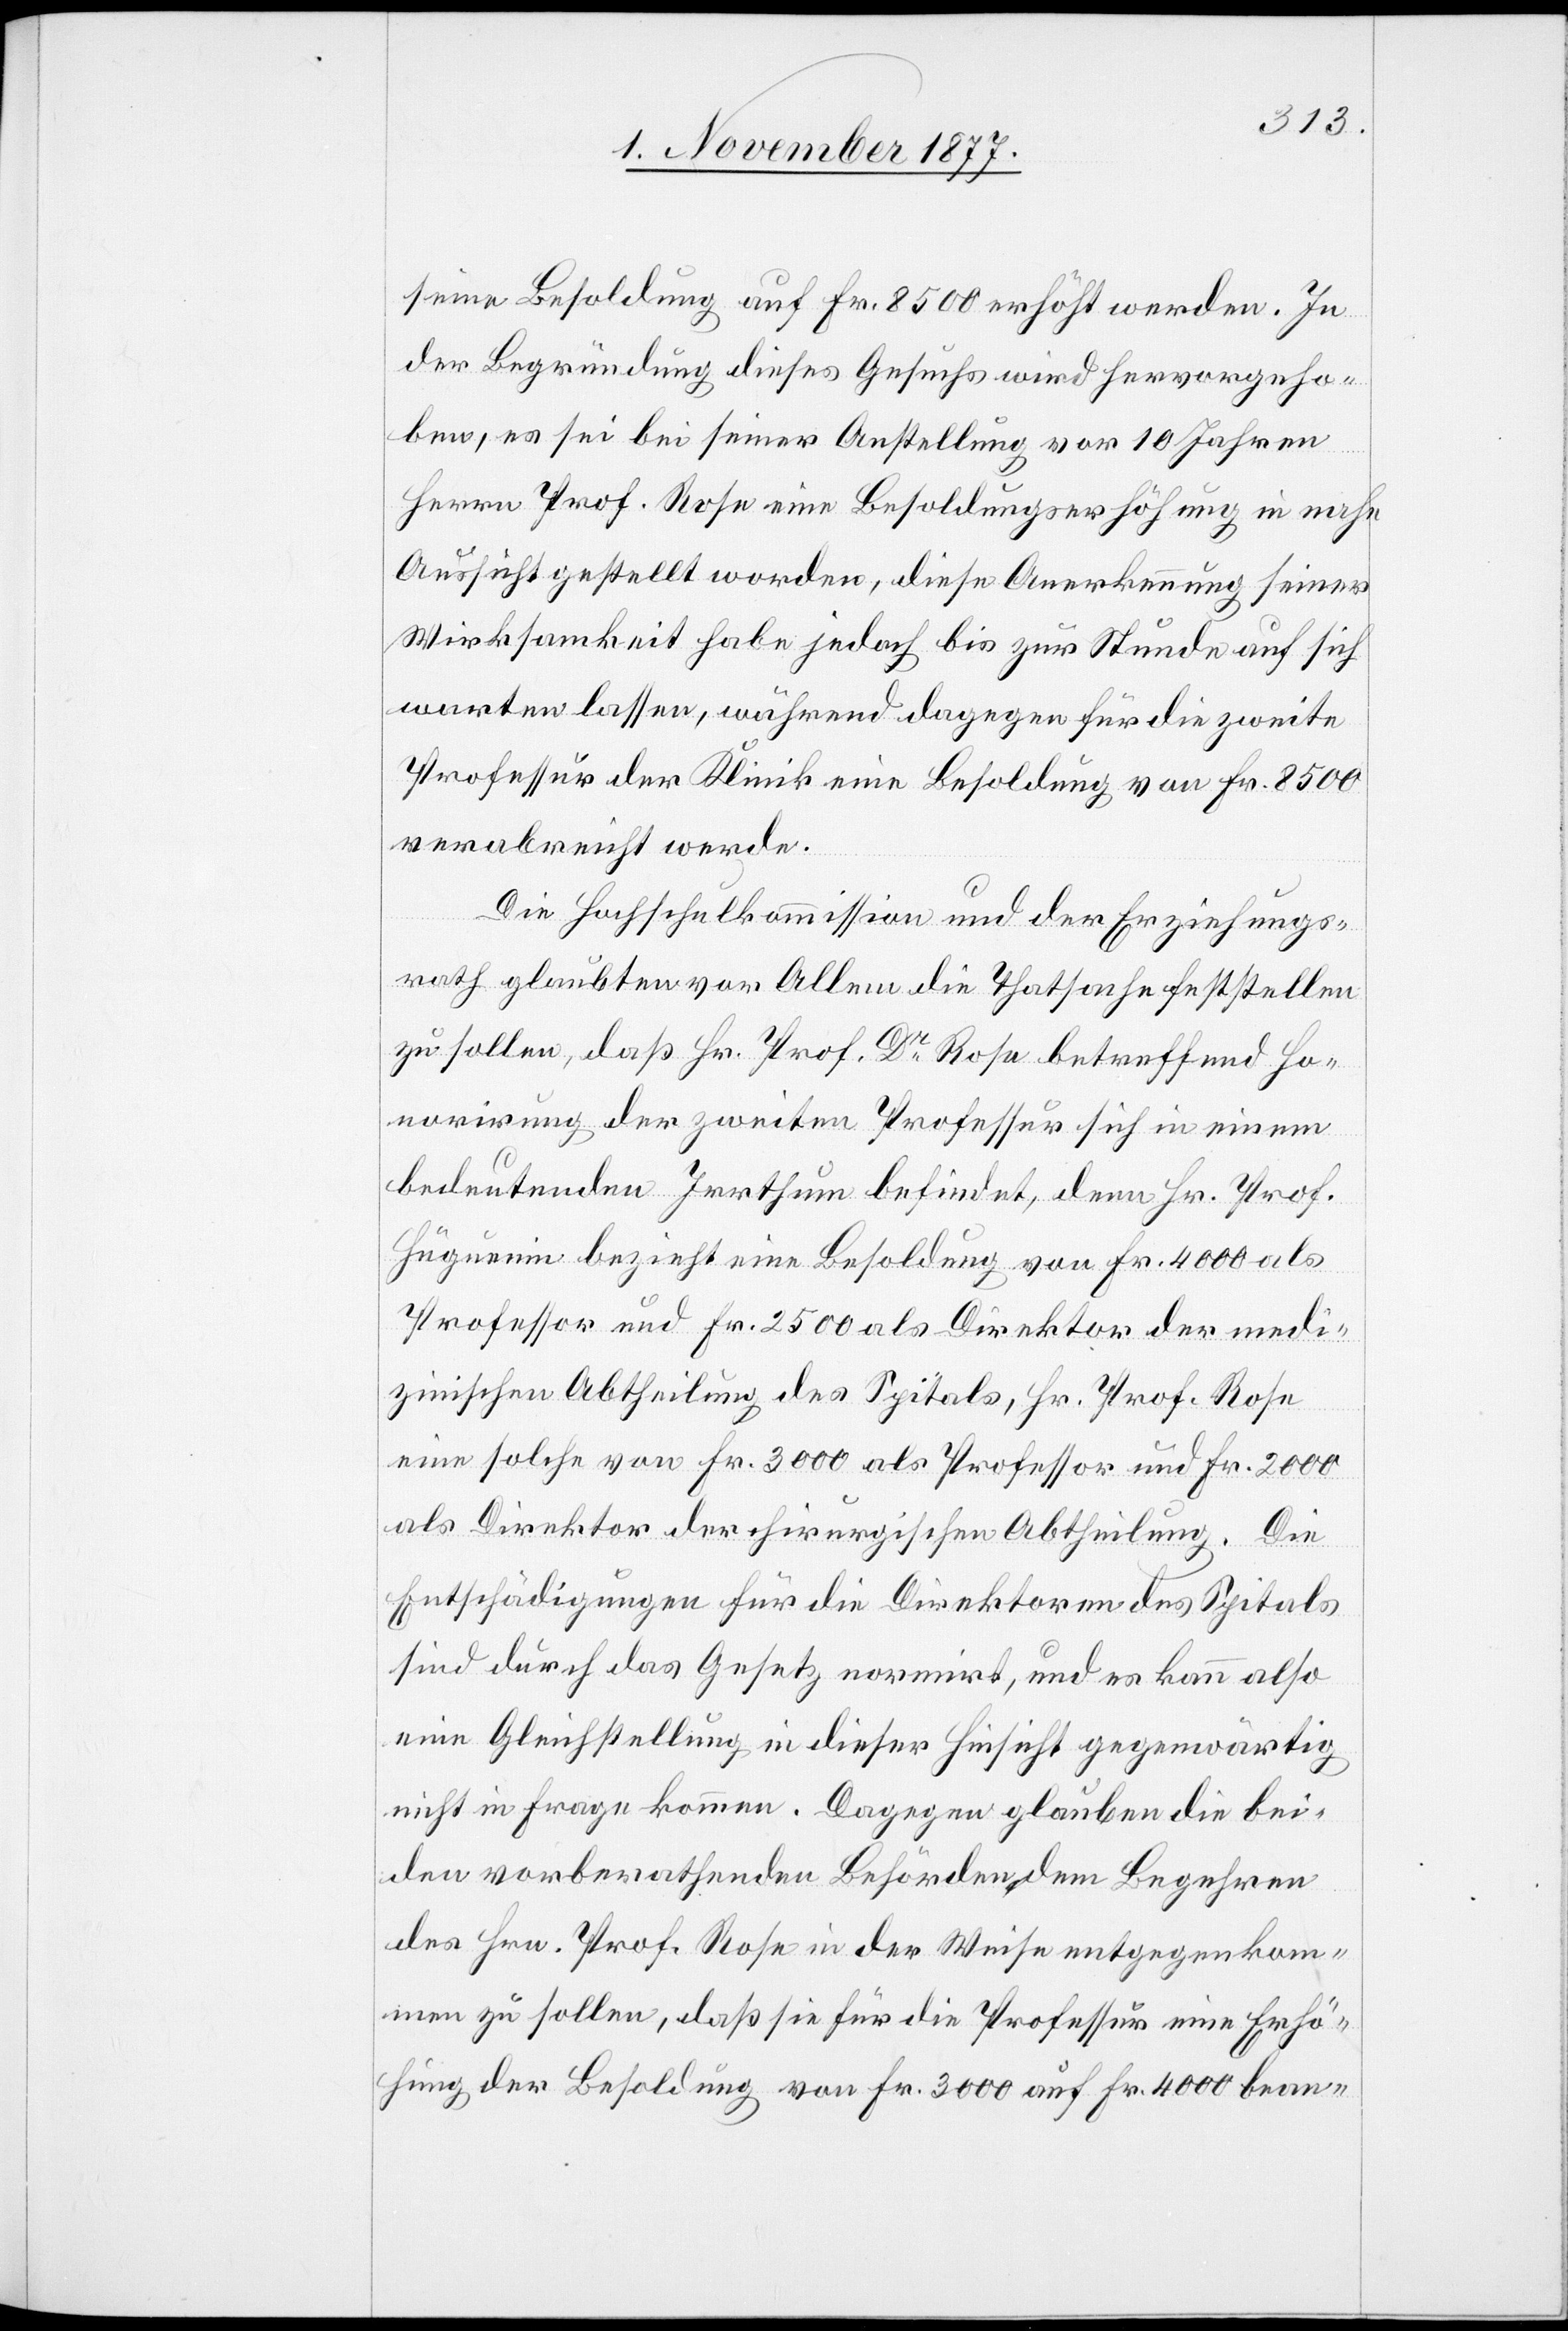
seine Besoldung auf Fr. 8500 erhöht werden. In
der Begründung dieses Gesuchs wird hervorgeho¬
ben, es sei bei seiner Anstellung vor 10 Jahren
Herrn Prof. Rose eine Besoldungserhöhung in nahe
Aussicht gestellt worden, diese Anerkennung seiner
Wirksamkeit habe jedoch bis zur Stunde auf sich
warten lassen, während dagegen für die zweite
Professur der Klinik eine Besoldung von Fr. 8500
verabreicht werde.
Die Hochschulkommission und der Erziehungs¬
rath glaubten vor Allem die Thatsache feststellen
zu sollen, daß Hr. Prof. Dr Rose betreffend Ho¬
norirung der zweiten Professur sich in einem
bedeutenden Irrthum befindet, denn Hr. Prof.
Hüguenin bezieht eine Besoldung von Fr. 4000 als
Professor und Fr. 2500 als Direktor der medi¬
zinischen Abtheilung des Spitals, Hr. Prof. Rose
eine solche von Fr. 3000 als Professor und Fr. 2000
als Direktor der chirurgischen Abtheilung. Die
Entschädigungen für die Direktoren des Spitals
sind durch das Gesetz normirt, und es kann also
eine Gleichstellung in dieser Hinsicht gegenwärtig
nicht in Frage kommen. Dagegen glauben die bei¬
den vorberathenden Behörden dem Begehren
des Hrn. Prof. Rose in der Weise entgegenkom¬
men zu sollen, daß sie für die Professur eine Erhö¬
hung der Besoldung von Fr. 3000 auf Fr. 4000 bean-